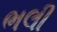
ભલી